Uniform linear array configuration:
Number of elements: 16
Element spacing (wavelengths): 0.75
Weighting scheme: exponential
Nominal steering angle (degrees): -45
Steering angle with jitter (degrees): -45.824
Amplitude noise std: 0.05
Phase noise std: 0.05

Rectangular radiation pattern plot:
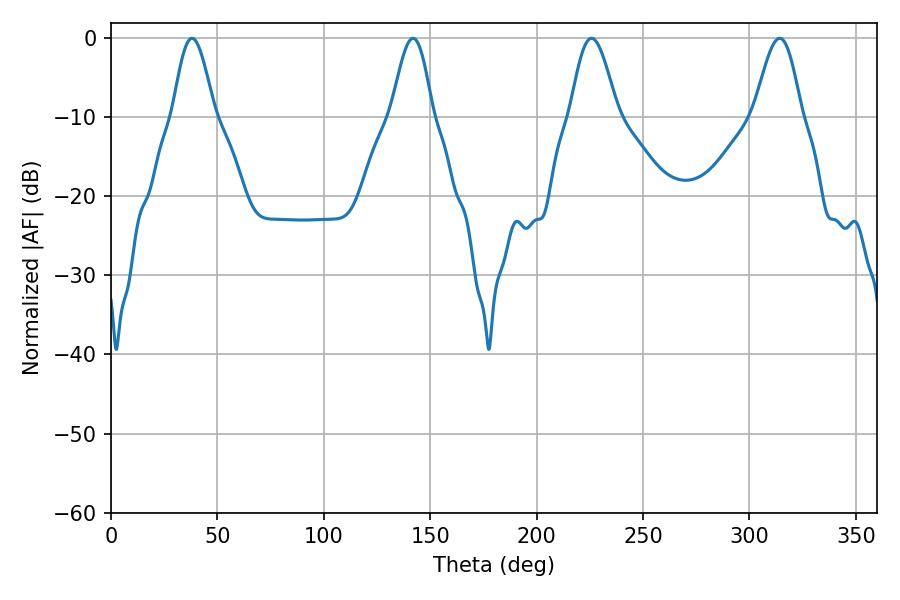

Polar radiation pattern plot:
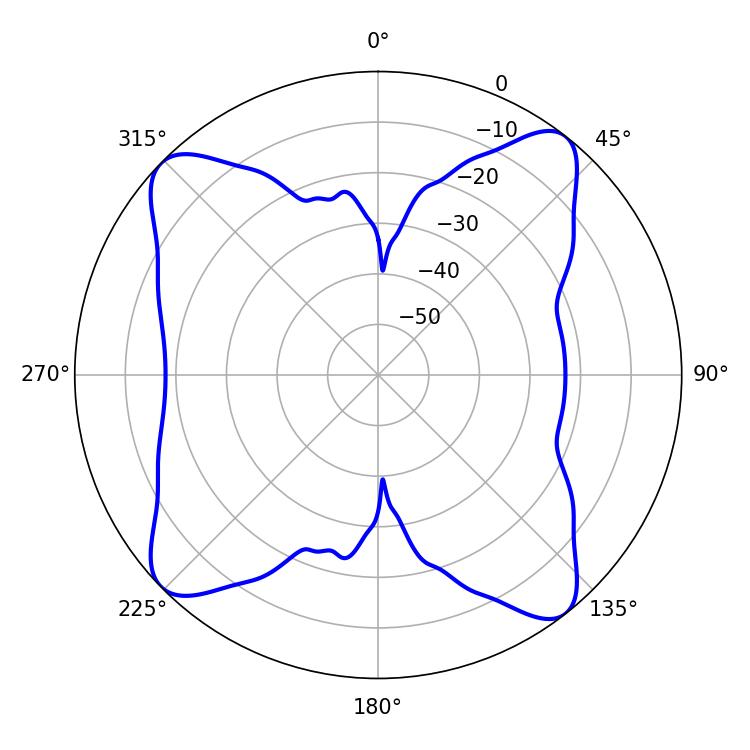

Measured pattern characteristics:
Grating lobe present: TRUE
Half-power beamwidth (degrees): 11.88
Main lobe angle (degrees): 225.72